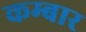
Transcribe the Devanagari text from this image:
कम्बार